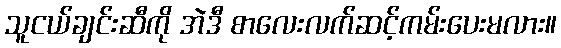
သူငယ်ချင်းဆီကို အဲဒီ စာလေးလက်ဆင့်ကမ်းပေးမလား။